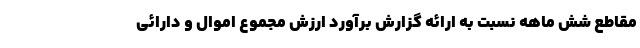
مقاطع شش ماهه نسبت به ارائه گزارش برآورد ارزش مجموع اموال و دارائی